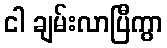
ငါ ချမ်းလာပြီကွာ